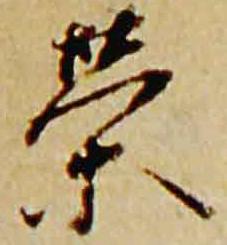
栄